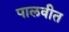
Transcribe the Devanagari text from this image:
पालवीत